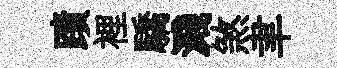
蹟裡驕濺煞聿